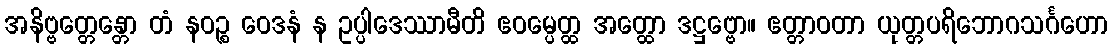
အနိဗ္ဗတ္တေန္တော တံ နဝဉ္စ ဝေဒနံ န ဥပ္ပါဒေဿာမီတိ ဧဝမ္ပေတ္ထ အတ္ထော ဒဋ္ဌဗ္ဗော။ ဧတ္တာဝတာ ယုတ္တပရိဘောဂသင်္ဂဟော